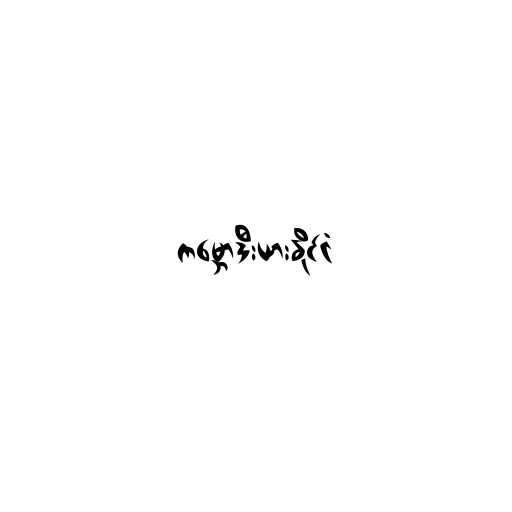
ကမ္ဘောဒီးယားနိုင်ငံ